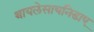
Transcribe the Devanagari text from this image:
थायलेसायनिडाए